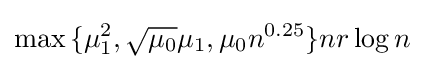
\max {\{\mu _{1}^{2},{\sqrt {\mu _{0}}}\mu _{1},\mu _{0}n^{0.25}\}}nr\log n